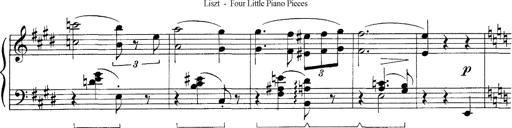
Title: FÃ¼nf KlavierstÃ¼cke
Composer: Franz Liszt